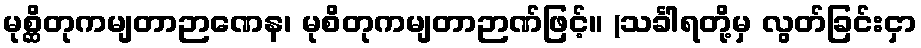
မုစ္ဆိတုကမျတာဉာဏေန၊ မုစိတုကမျတာဉာဏ်ဖြင့်။ (သင်္ခါရတို့မှ လွတ်ခြင်းငှာ